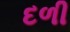
દળી